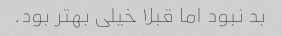
بد نبود اما قبلا خیلی بهتر بود.